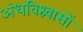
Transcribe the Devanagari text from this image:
अंधविश्र्वासों